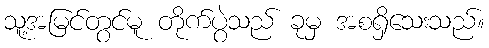
သူ့အမြင်တွင်မူ တိုက်ပွဲသည် ခုမှ အစရှိသေးသည်။